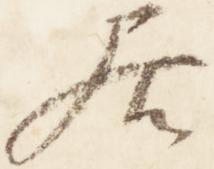
居